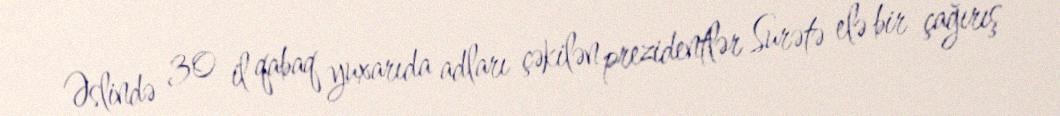
Əslində 30 il qabaq yuxarıda adları çəkilən prezidentlər Surətə elə bir çağırış